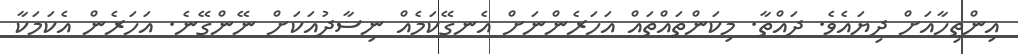
އިންތިހާއަށް ދިޔައެވެ. ދައްތާ. މިކަންތައްތައް އަހަރެންނަށް އެނގޭކަމެއް ނިސާދުއަކަށް ނޭންގޭނެ. އަހަރެން އެކަމަކާ